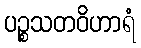
ပဉ္စသတဝိဟာရံ